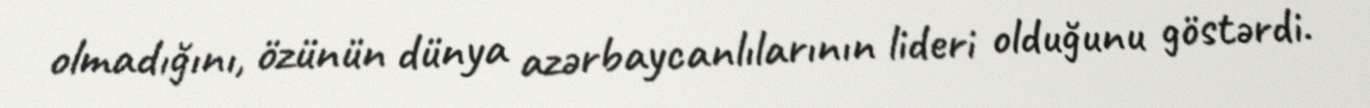
olmadığını, özünün dünya azərbaycanlılarının lideri olduğunu göstərdi.